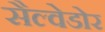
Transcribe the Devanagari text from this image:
सैल्वेडोर